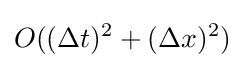
O((\Delta t)^{2}+(\Delta x)^{2})